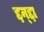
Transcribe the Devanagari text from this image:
द्दन्द्दा